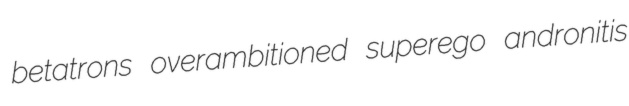
betatrons overambitioned superego andronitis